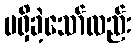
မရှိခဲ့သော်လည်း